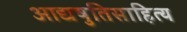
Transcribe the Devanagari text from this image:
आद्यषुतिसाहित्य